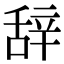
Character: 辞